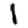
Digit: 1